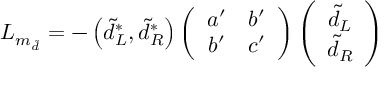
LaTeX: { \cal L } _ { m _ { \tilde { d } } } = - \left( \tilde { d } _ { L } ^ { \ast } , \tilde { d } _ { R } ^ { \ast } \right) \left( \begin{array} { c c } { { a ^ { \prime } } } & { { b ^ { \prime } } } \\ { { b ^ { \prime } } } & { { c ^ { \prime } } } \end{array} \right) \left( \begin{array} { c } { { \tilde { d } _ { L } } } \\ { { \tilde { d } _ { R } } } \end{array} \right)